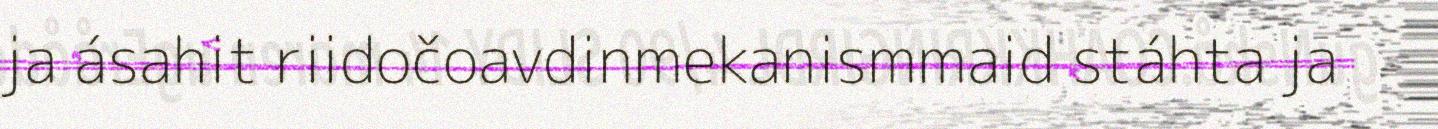
ja ásahit riidočoavdinmekanismmaid stáhta ja